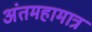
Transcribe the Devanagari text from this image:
अंतमहामात्र